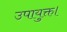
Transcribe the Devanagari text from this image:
उपायुक्त।